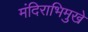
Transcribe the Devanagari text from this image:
मंदिराभिमुखे